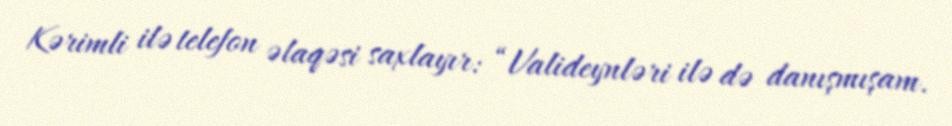
Kərimli ilə telefon əlaqəsi saxlayır: “Valideynləri ilə də danışmışam.